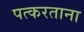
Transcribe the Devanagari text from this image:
पत्करताना